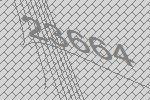
23664